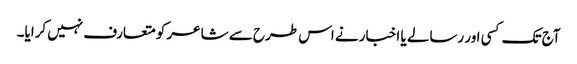
آج تک کسی اور رسالے یا اخبار نے اس طرح سے شاعر کو متعارف نہیں کرایا۔